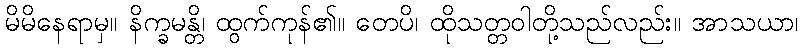
မိမိနေရာမှ။ နိက္ခမန္တိ၊ ထွက်ကုန်၏။ တေပိ၊ ထိုသတ္တဝါတို့သည်လည်း။ အာသယာ၊